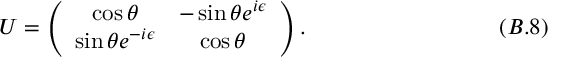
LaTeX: U = \left( \begin{array} { c c } { { \cos { \theta } } } & { { - \sin { \theta } e ^ { i { \epsilon } } } } \\ { { \sin { \theta } e ^ { - i { \epsilon } } } } & { { \cos { \theta } } } \end{array} \right) . \eqno ( B . 8 )